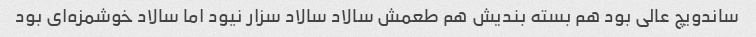
ساندویچ عالی بود هم بسته بندیش هم طعمش سالاد سالاد سزار نیود اما سالاد خوشمزه‌ای بود